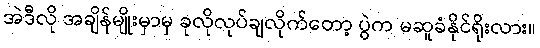
အဲဒီလို အချိန်မျိုးမှာမှ ခုလိုလုပ်ချလိုက်တော့ ပွဲက မဆူခံနိုင်ရိုးလား။